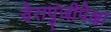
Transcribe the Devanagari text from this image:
चेरापुंजीपेक्षा